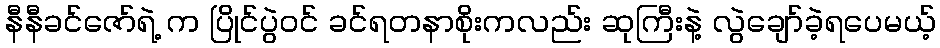
နီနီခင်ဇော်ရဲ့ က ပြိုင်ပွဲဝင် ခင်ရတနာစိုးကလည်း ဆုကြီးနဲ့ လွဲချော်ခဲ့ရပေမယ့်